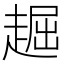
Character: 䞷